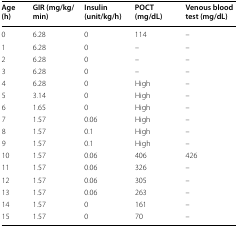
| Age (h) | GIR (mg/kg/min) | Insulin (unit/kg/h) | POCT (mg/dL) | Venous blood test (mg/dL) |
 | --- | --- | --- | --- | --- |
 | 0 | 6.28 | 0 | 114 | – |
 | 1 | 6.28 | 0 | – | – |
 | 2 | 6.28 | 0 | – | – |
 | 3 | 6.28 | 0 | – | – |
 | 4 | 6.28 | 0 | High | – |
 | 5 | 3.14 | 0 | High | – |
 | 6 | 1.65 | 0 | High | – |
 | 7 | 1.57 | 0.06 | High | – |
 | 8 | 1.57 | 0.1 | High | – |
 | 9 | 1.57 | 0.1 | High | – |
 | 10 | 1.57 | 0.06 | 406 | 426 |
 | 11 | 1.57 | 0.06 | 326 | – |
 | 12 | 1.57 | 0.06 | 305 | – |
 | 13 | 1.57 | 0.06 | 263 | – |
 | 14 | 1.57 | 0 | 161 | – |
 | 15 | 1.57 | 0 | 70 | – |